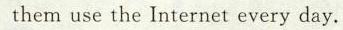
themuse the Internet every day.